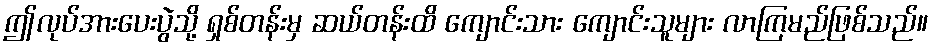
ဤလုပ်အားပေးပွဲသို့ ရှစ်တန်းမှ ဆယ်တန်းထိ ကျောင်းသား ကျောင်းသူများ လာကြမည်ဖြစ်သည်။